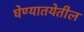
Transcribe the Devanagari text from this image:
घेण्यातयेतील